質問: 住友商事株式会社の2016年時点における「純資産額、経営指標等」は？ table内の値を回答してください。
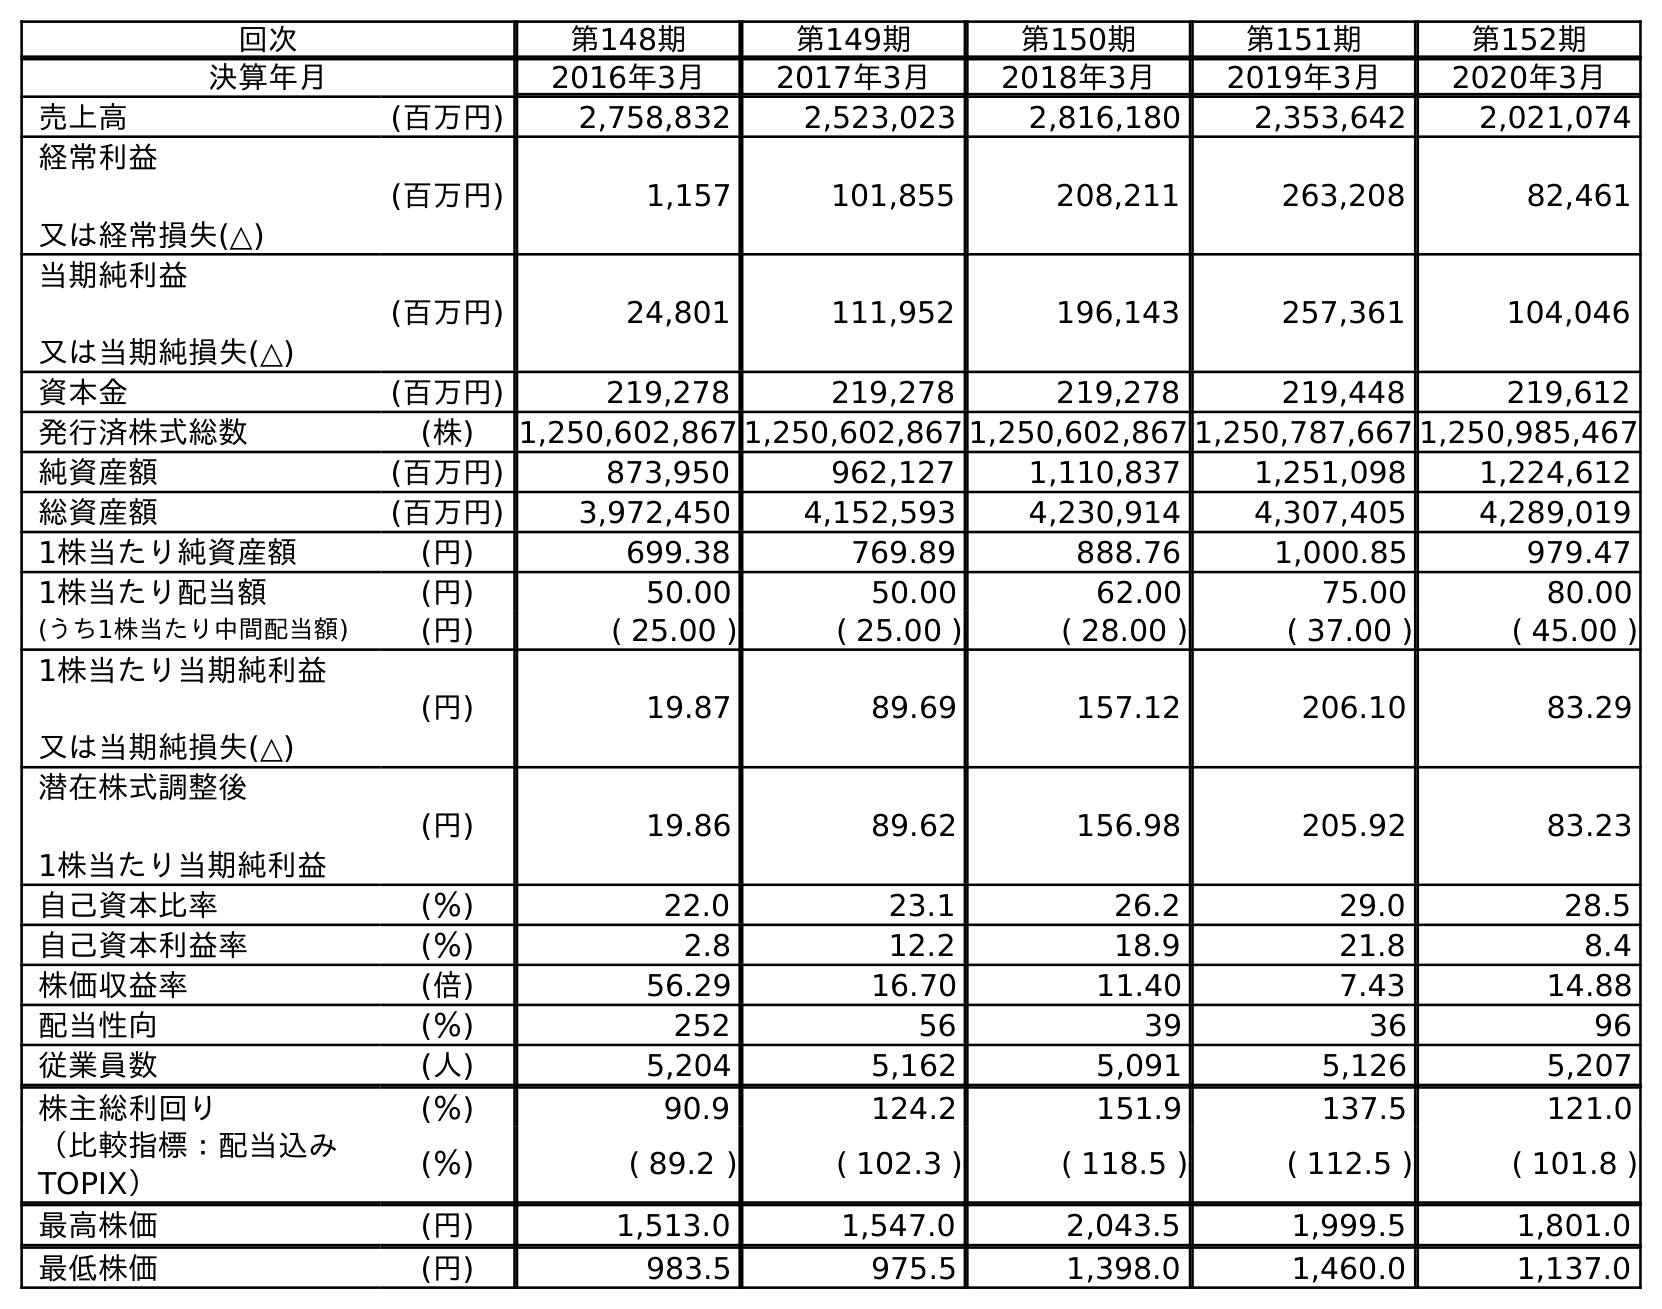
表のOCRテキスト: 回次 第148期 第149期 第150期 第151期 第152期 決算年月 2016年3月 2017年3月 2018年3月 2019年3月 2020年3月 売上高 (百万円) 2,758,832 2,523,023 2,816,180 2,353,642 2,021,074 経常利益 又は経常損失(△) (百万円) 1,157 101,855 208,211 263,208 82,461 当期純利益 又は当期純損失(△) (百万円) 24,801 111,952 196,143 257,361 104,046 資本金 (百万円) 219,278 219,278 219,278 219,448 219,612 発行済株式総数 (株) 1,250,602,867 1,250,602,867 1,250,602,867 1,250,787,667 1,250,985,467 純資産額 (百万円) 873,950 962,127 1,110,837 1,251,098 1,224,612 総資産額 (百万円) 3,972,450 4,152,593 4,230,914 4,307,405 4,289,019 1株当たり純資産額 (円) 699.38 769.89 888.76 1,000.85 979.47 1株当たり配当額 (円) 50.00 50.00 62.00 75.00 80.00 (うち1株当たり中間配当額) (円) ( 25.00 ) ( 25.00 ) ( 28.00 ) ( 37.00 ) ( 45.00 ) 1株当たり当期純利益 又は当期純損失(△) (円) 19.87 89.69 157.12 206.10 83.29 潜在株式調整後 1株当たり当期純利益 (円) 19.86 89.62 156.98 205.92 83.23 自己資本比率 (％) 22.0 23.1 26.2 29.0 28.5 自己資本利益率 (％) 2.8 12.2 18.9 21.8 8.4 株価収益率 (倍) 56.29 16.70 11.40 7.43 14.88 配当性向 (％) 252 56 39 36 96 従業員数 (人) 5,204 5,162 5,091 5,126 5,207 株主総利回り (％) 90.9 124.2 151.9 137.5 121.0 （比較指標：配当込み TOPIX） (％) ( 89.2 ) ( 102.3 ) ( 118.5 ) ( 112.5 ) ( 101.8 ) 最高株価 (円) 1,513.0 1,547.0 2,043.5 1,999.5 1,801.0 最低株価 (円) 983.5 975.5 1,398.0 1,460.0 1,137.0
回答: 873,950